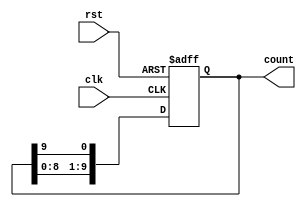
module DecadeRingCounter (
    input wire clk,               // Clock input
    input wire rst,               // Asynchronous reset input
    output reg [9:0] count        // 10-bit output
);

// Always block for the counter behavior
always @(posedge clk or posedge rst) begin
    if (rst) begin
        // Asynchronous reset to the initial state (0000000001)
        count <= 10'b0000000001;
    end else begin
        // Ring counter logic: Shift left and wrap around
        count <= {count[8:0], count[9]};
    end
end

endmodule